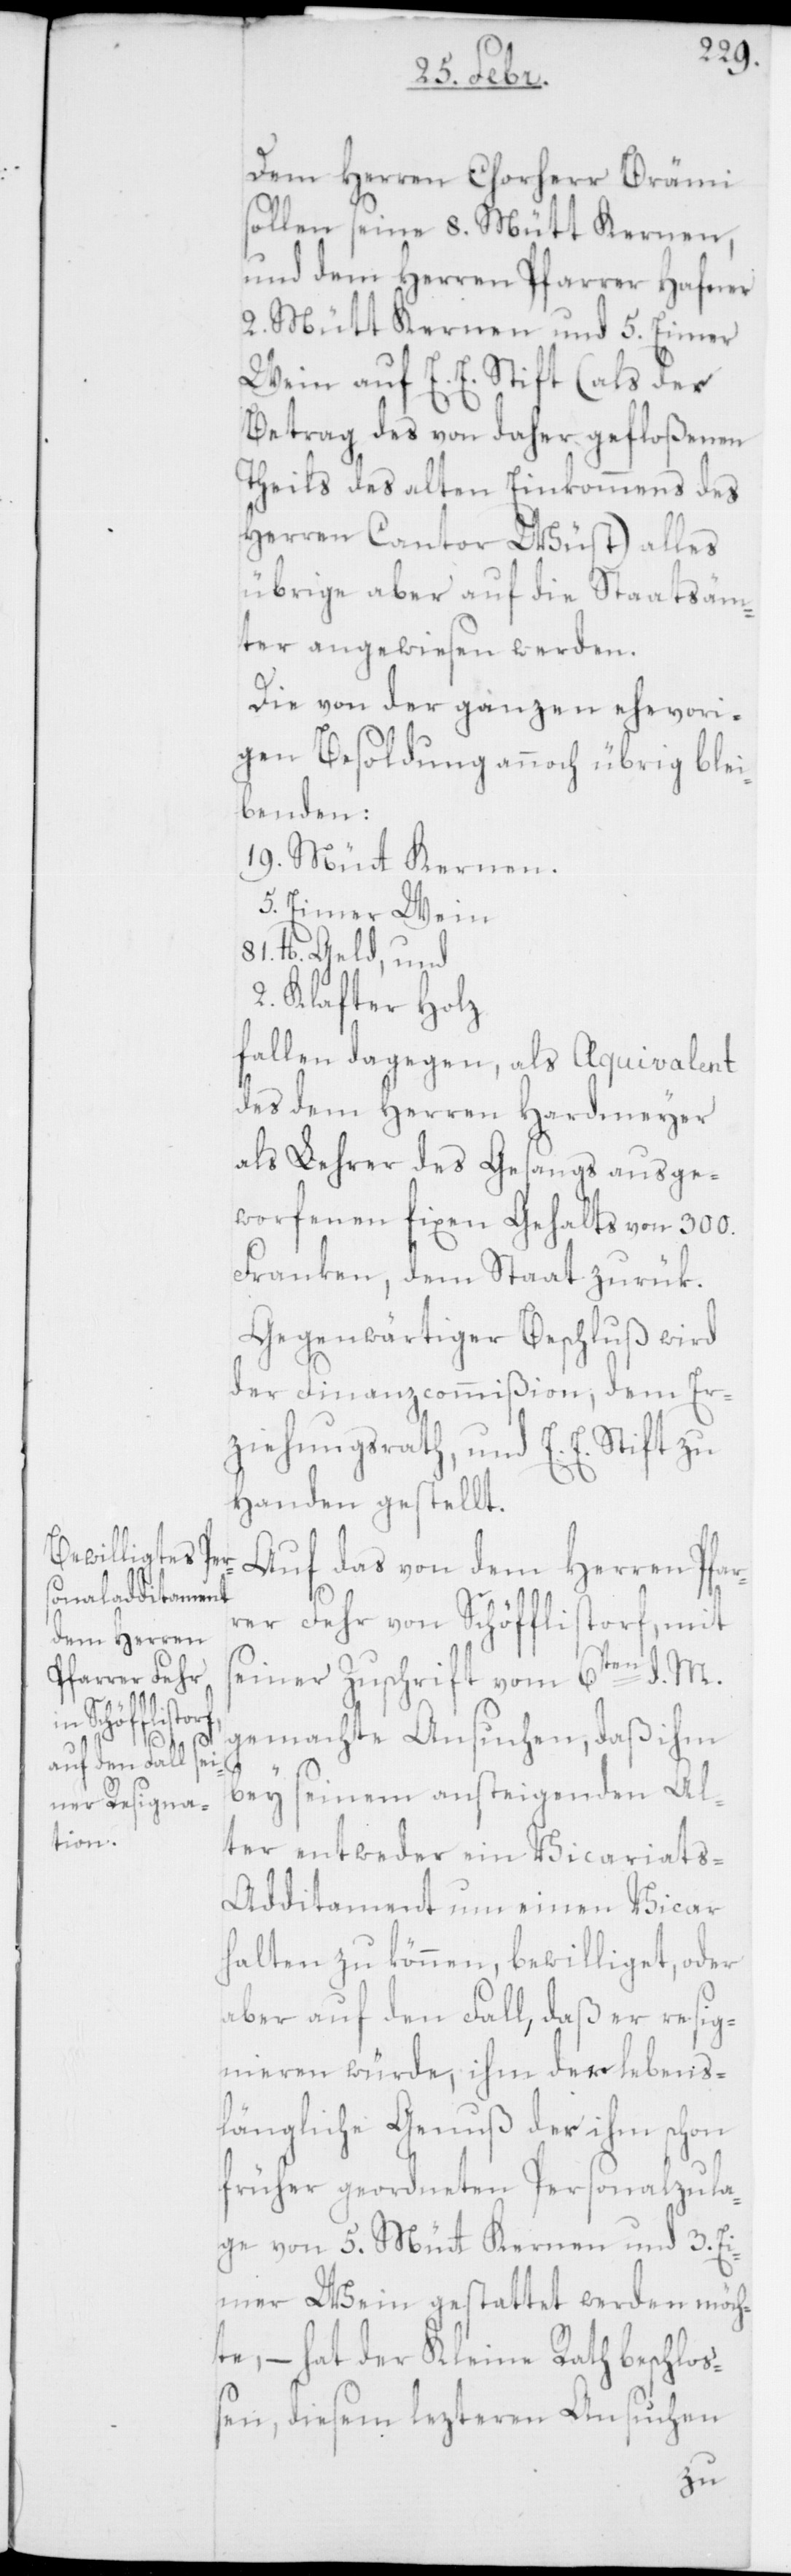
Dem Herren Chorherr Brämi
sollen seine 8. Mütt Kernen,
und dem Herren Pfarrer Hafner
2. Mütt Kernen und 5. Eimer
Wein auf E. E. Stift (als der
Betrag des von daher gefloßenen
Theils des alten Einkommens des
Herren Cantor Wüst), alles
übrige aber auf die Staatsäm¬
ter angewiesen werden.
Die von der ganzen ehevori¬
gen Besoldung annoch übrig blei¬
benden:
19. Müt Kernen,
5. Eimer Wein,
81. lb. Geld, und
2. Klafter Holz
fallen dagegen als Aquivalent
des dem Herren Hardmeyer
als Lehrer des Gesangs ausge¬
worfenen fixen Gehalts von 300.
Franken, dem Staat zurük.
Gegenwärtiger Beschluß wird
der Finanzcommißion, dem Er¬
ziehungsrath, und E. E. Stift zu
Handen gestellt.
Auf das von dem Herren Pfar¬
rer Fehr von Schöfflistorf, mit
seiner Zuschrift vom 6ten d. M.
gemachte Ansuchen, daß ihm
bey seinem ansteigenden Al¬
ter entweder ein Vicariats-A¬
dditament um einen Vicar
halten zu können, bewilliget, oder
aber auf den Fall, daß er resig¬
nieren würde, ihm der lebens¬
längliche Genuß der ihm schon
früher geordneten Personalzula¬
ge von 5. Mütt Kernen und 3. Ei¬
mer Wein gestattet werden möch¬
te, – hat der Kleine Rath beschloß¬
en, diesem lezteren Ansuchen